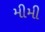
મીમી